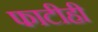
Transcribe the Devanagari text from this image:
फाटीही